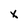
Character: x